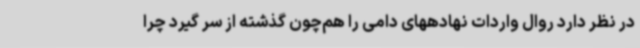
در نظر دارد روال واردات نهادههای دامی را هم‌چون گذشته از سر گیرد چرا